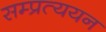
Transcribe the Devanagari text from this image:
सम्प्रत्ययन